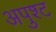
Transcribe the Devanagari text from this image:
अपुश्ट